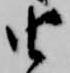
由